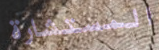
المستشارة